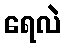
ရေလဲ